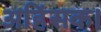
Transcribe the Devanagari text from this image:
अहिंसक।